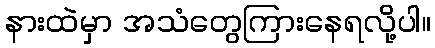
နားထဲမှာ အသံတွေကြားနေရလို့ပါ။